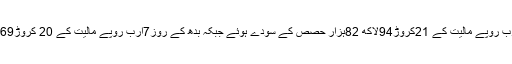
پاکستان اسٹاک مارکیٹ میں جمعرات کو 7ارب روپے مالیت کے 21کروڑ94لاکھ 82ہزار حصص کے سودے ہوئے جبکہ بدھ کے روز7ارب روپے مالیت کے 20 کروڑ69لاکھ87ہزار حصص کے سودے ہوئے تھے۔